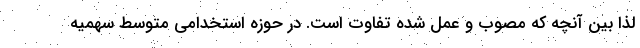
لذا بین آنچه که مصوب و عمل شده تفاوت است. در حوزه استخدامی متوسط سهمیه